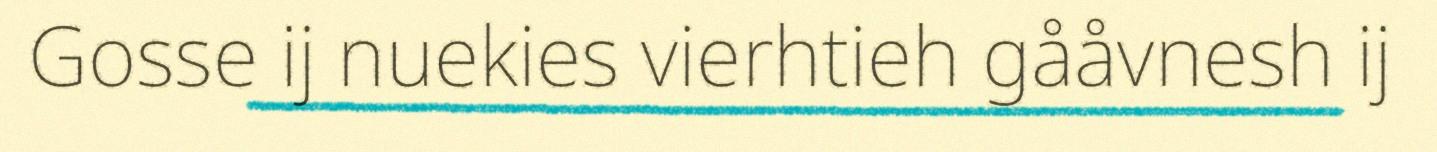
Gosse ij nuekies vierhtieh gååvnesh ij